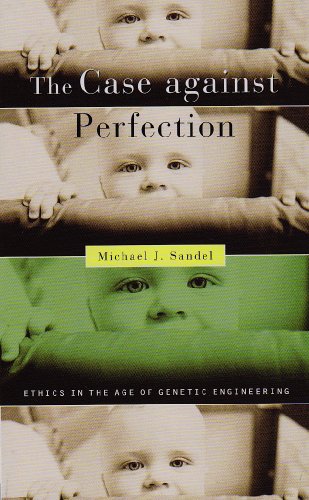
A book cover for The Case against Perfection: Ethics in the Age of Genetic Engineering; Michael J. Sandel; Medical Books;